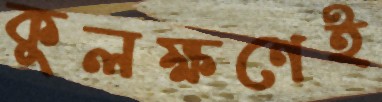
কুলক্ষণেই